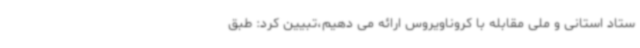
ستاد استانی و ملی مقابله با کروناویروس ارائه می دهیم،تبیین کرد: طبق